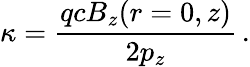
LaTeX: \kappa=\frac{qcB_{z}(r=0,z)}{2p_{z}}\, .